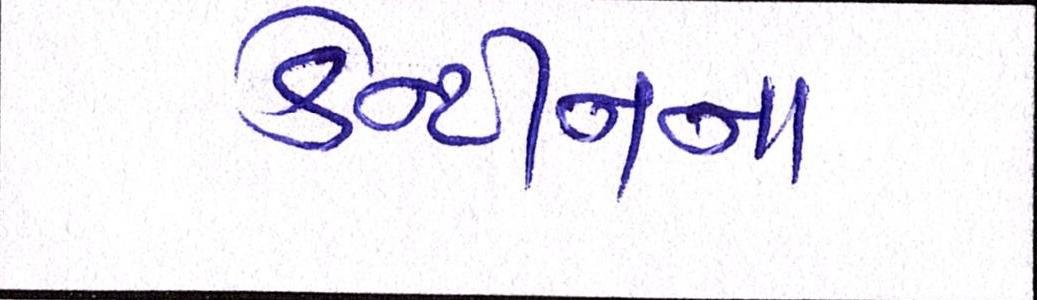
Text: કેન્ટીનના